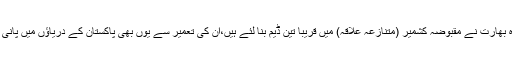
اس کے علاوہ بھارت نے مقبوضہ کشمیر (متنازعہ علاقہ) میں قریباً تین ڈیم بنا لئے ہیں،ان کی تعمیر سے یوں بھی پاکستان کے دریاﺅں میں پانی کی کمی ہے۔